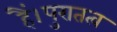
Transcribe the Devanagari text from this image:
हैं।पुरातत्व